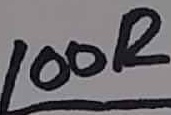
Text: 100R